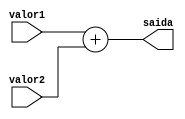
module add(
    input [63:0] valor1,
    input [63:0] valor2,
    output [63:0] saida
);
    assign saida = valor1 + valor2;
    
endmodule